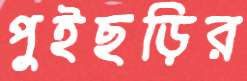
পুইছড়ির